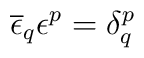
\overline{\epsilon }_{q}\epsilon ^{p}=\delta ^{p}_{q}